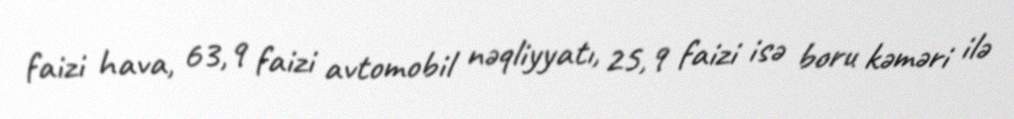
faizi hava, 63,9 faizi avtomobil nəqliyyatı, 25,9 faizi isə boru kəməri ilə